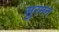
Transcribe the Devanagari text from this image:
सुरमन